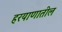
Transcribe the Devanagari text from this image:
हरयाणातील